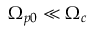
\Omega _ { p 0 } \ll \Omega _ { c }